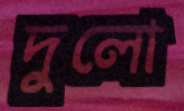
দুলো